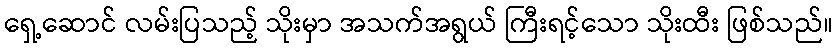
ရှေ့ဆောင် လမ်းပြသည့် သိုးမှာ အသက်အရွယ် ကြီးရင့်သော သိုးထီး ဖြစ်သည်။